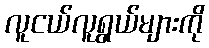
လူငယ်လူရွယ်များကို